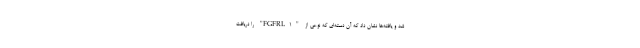
شد و یافته‌ها نشان داد که آن دسته‌ای که نوعی از "FGFRL۱" را دریافت